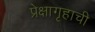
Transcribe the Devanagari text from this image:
प्रेक्षागृहाची